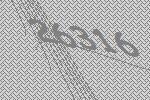
26316